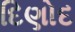
દિણોદ